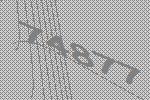
74877